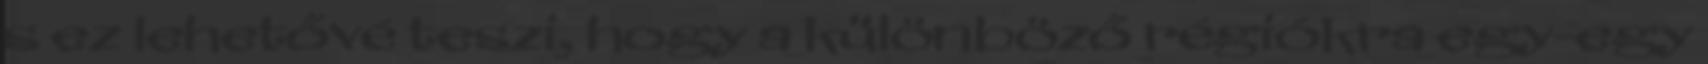
s ez lehetővé teszi, hogy a különböző régiókra egy-egy